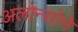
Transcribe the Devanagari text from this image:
अलोन्सोने